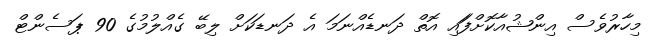
މިހާރުވެސް އިންޝުއާކޮށްފަައި އޮތް ދަނޑެއްނަމަ އެ ދަނޑަކަށް ލިބޭ ގެއްލުމުގެ 90 ޕަސެންޓް